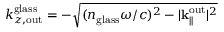
k _ { z , \mathrm { o u t } } ^ { \mathrm { g l a s s } } = - \sqrt { ( n _ { \mathrm { g l a s s } } \omega / c ) ^ { 2 } - | { \bf k } _ { \parallel } ^ { \mathrm { o u t } } | ^ { 2 } }